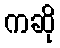
ကဆို